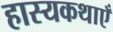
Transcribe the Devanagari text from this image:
हास्यकथाएँ